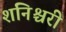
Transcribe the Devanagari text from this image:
शनिश्चरी